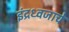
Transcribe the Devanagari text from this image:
इंद्रध्वजाचे